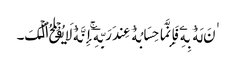
ٰنَ لَهُ ۥ بِهِۦ فَإِنَّمَا حِسَابُهُ ۥ عِندَ رَبِّهِۦۤ‌ۚ إِنَّهُ ۥ لَا یُفۡلِحُ ٱلۡکَ۔